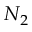
N _ { 2 }